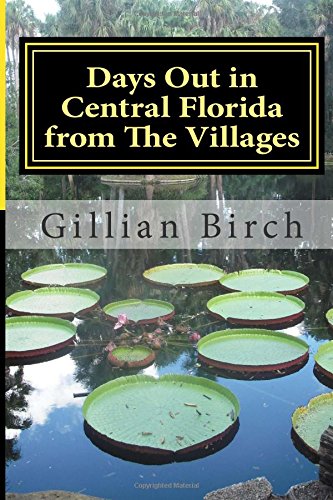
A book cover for Days Out in Central Florida from The Villages: 15 places to visit and things to do near The Villages, Florida (Days Out in Florida) (Volume 1); Gillian Birch; Travel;